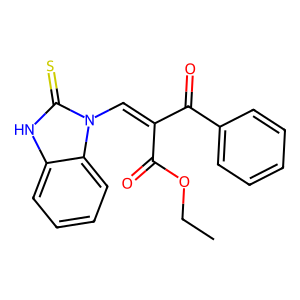
SMILES: CCOC(=O)C(=Cn1c(=S)[nH]c2ccccc21)C(=O)c1ccccc1
Inhibits HIV replication: No